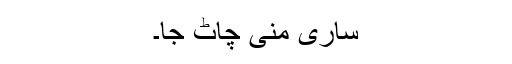
ساری منی چاٹ جا۔